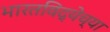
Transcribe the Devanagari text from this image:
भारतविद्येच्या